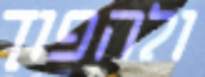
ולהפוך